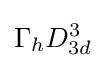
\Gamma _{h}D_{3d}^{3}